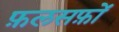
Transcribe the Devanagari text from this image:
फ़लसफ़ों